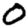
Digit: 0